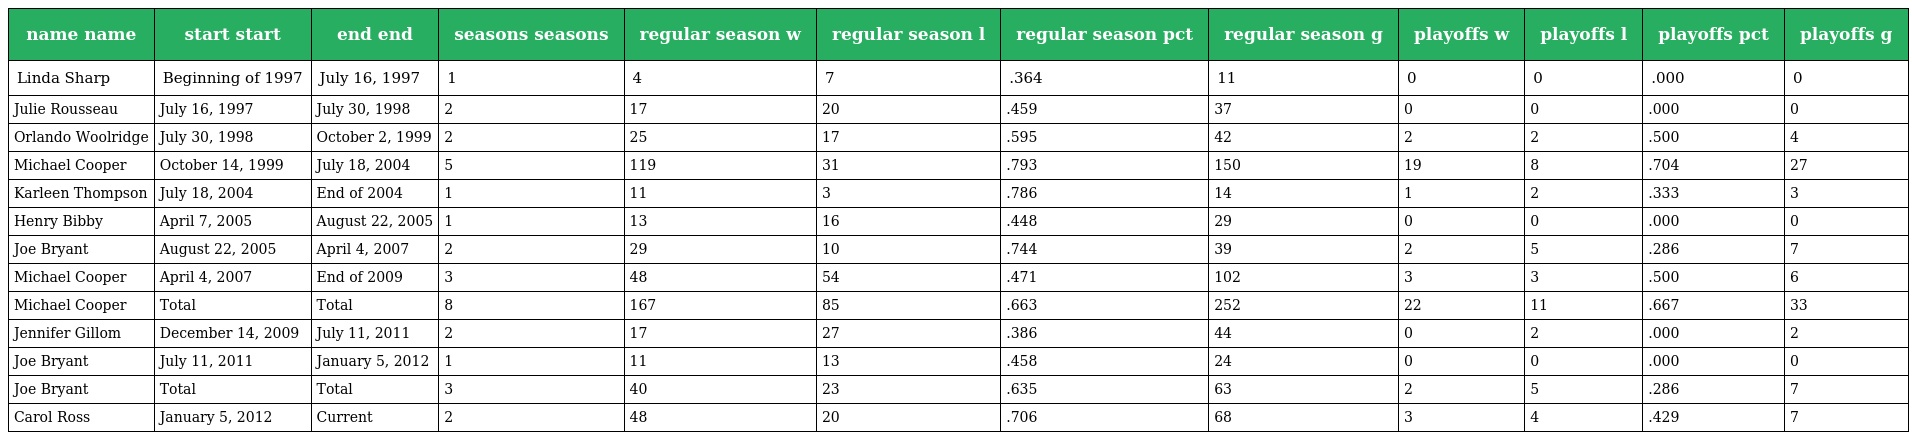
| name name | start start | end end | seasons seasons | regular season w | regular season l | regular season pct | regular season g | playoffs w | playoffs l | playoffs pct | playoffs g |
 | --- | --- | --- | --- | --- | --- | --- | --- | --- | --- | --- | --- |
 | Linda Sharp | Beginning of 1997 | July 16, 1997 | 1 | 4 | 7 | .364 | 11 | 0 | 0 | .000 | 0 |
 | Julie Rousseau | July 16, 1997 | July 30, 1998 | 2 | 17 | 20 | .459 | 37 | 0 | 0 | .000 | 0 |
 | Orlando Woolridge | July 30, 1998 | October 2, 1999 | 2 | 25 | 17 | .595 | 42 | 2 | 2 | .500 | 4 |
 | Michael Cooper | October 14, 1999 | July 18, 2004 | 5 | 119 | 31 | .793 | 150 | 19 | 8 | .704 | 27 |
 | Karleen Thompson | July 18, 2004 | End of 2004 | 1 | 11 | 3 | .786 | 14 | 1 | 2 | .333 | 3 |
 | Henry Bibby | April 7, 2005 | August 22, 2005 | 1 | 13 | 16 | .448 | 29 | 0 | 0 | .000 | 0 |
 | Joe Bryant | August 22, 2005 | April 4, 2007 | 2 | 29 | 10 | .744 | 39 | 2 | 5 | .286 | 7 |
 | Michael Cooper | April 4, 2007 | End of 2009 | 3 | 48 | 54 | .471 | 102 | 3 | 3 | .500 | 6 |
 | Michael Cooper | Total | Total | 8 | 167 | 85 | .663 | 252 | 22 | 11 | .667 | 33 |
 | Jennifer Gillom | December 14, 2009 | July 11, 2011 | 2 | 17 | 27 | .386 | 44 | 0 | 2 | .000 | 2 |
 | Joe Bryant | July 11, 2011 | January 5, 2012 | 1 | 11 | 13 | .458 | 24 | 0 | 0 | .000 | 0 |
 | Joe Bryant | Total | Total | 3 | 40 | 23 | .635 | 63 | 2 | 5 | .286 | 7 |
 | Carol Ross | January 5, 2012 | Current | 2 | 48 | 20 | .706 | 68 | 3 | 4 | .429 | 7 |